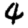
Digit: 4